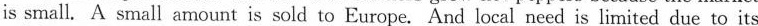
is small. A small amount is sold to Europe. And local need is lirnited due to its